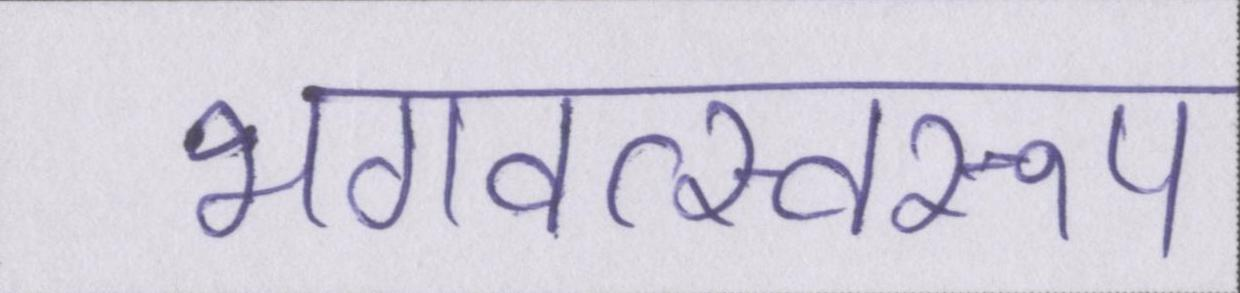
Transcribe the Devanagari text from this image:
भगवत्स्वरूप